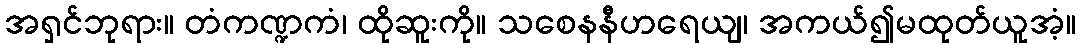
အရှင်ဘုရား။ တံကဏ္ဍကံ၊ ထိုဆူးကို။ သစေနနီဟရေယျ၊ အကယ်၍မထုတ်ယူအံ့။